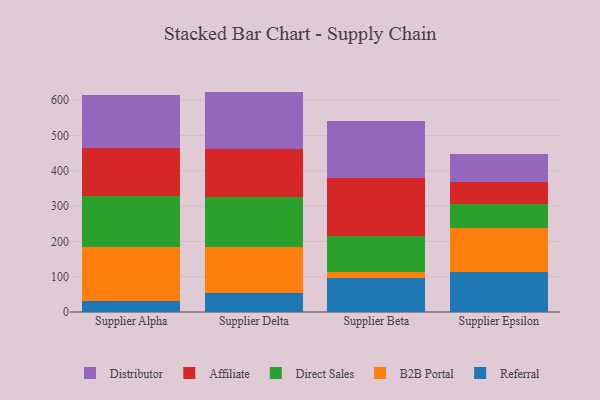
{"axis": {"x": "Supplier", "y": "Conversion Rate (%)"}, "legend": ["Affiliate", "B2B Portal", "Direct Sales", "Distributor", "Referral"], "data": [{"x": "Supplier Alpha", "y": 30.5, "type": "Referral"}, {"x": "Supplier Alpha", "y": 154.5, "type": "B2B Portal"}, {"x": "Supplier Alpha", "y": 144.1, "type": "Direct Sales"}, {"x": "Supplier Alpha", "y": 134.8, "type": "Affiliate"}, {"x": "Supplier Alpha", "y": 151.6, "type": "Distributor"}, {"x": "Supplier Delta", "y": 54.2, "type": "Referral"}, {"x": "Supplier Delta", "y": 128.8, "type": "B2B Portal"}, {"x": "Supplier Delta", "y": 142.2, "type": "Direct Sales"}, {"x": "Supplier Delta", "y": 137.6, "type": "Affiliate"}, {"x": "Supplier Delta", "y": 161.7, "type": "Distributor"}, {"x": "Supplier Beta", "y": 96.4, "type": "Referral"}, {"x": "Supplier Beta", "y": 16.1, "type": "B2B Portal"}, {"x": "Supplier Beta", "y": 104.2, "type": "Direct Sales"}, {"x": "Supplier Beta", "y": 164.1, "type": "Affiliate"}, {"x": "Supplier Beta", "y": 160.4, "type": "Distributor"}, {"x": "Supplier Epsilon", "y": 112.3, "type": "Referral"}, {"x": "Supplier Epsilon", "y": 125.6, "type": "B2B Portal"}, {"x": "Supplier Epsilon", "y": 66.8, "type": "Direct Sales"}, {"x": "Supplier Epsilon", "y": 63.5, "type": "Affiliate"}, {"x": "Supplier Epsilon", "y": 80.6, "type": "Distributor"}]}